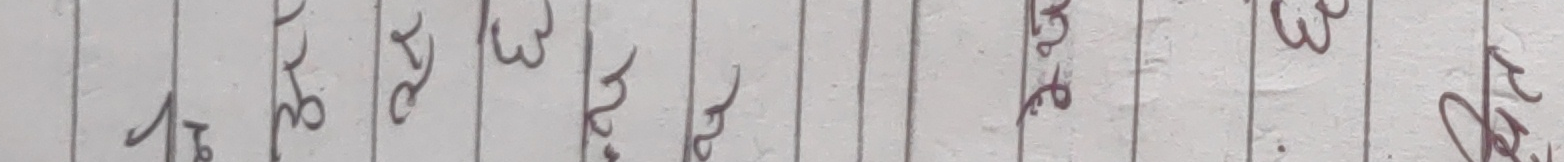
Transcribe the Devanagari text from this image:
१६ २४ ३० ३६ ५४ नेकी